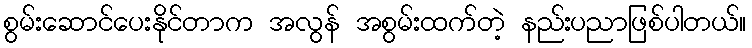
စွမ်းဆောင်ပေးနိုင်တာက အလွန် အစွမ်းထက်တဲ့ နည်းပညာဖြစ်ပါတယ်။